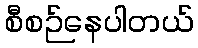
စီစဉ်နေပါတယ်